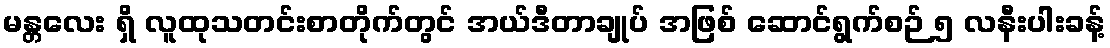
မန္တလေး ရှိ လူထုသတင်းစာတိုက်တွင် အယ်ဒီတာချုပ် အဖြစ် ဆောင်ရွက်စဉ် ၅ လနီးပါးခန့်